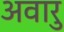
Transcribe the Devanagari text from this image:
अवारु